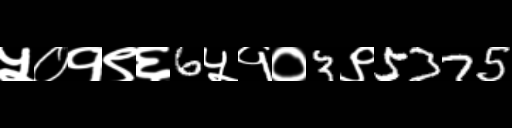
Text: ५०१९६6५१०3९5375